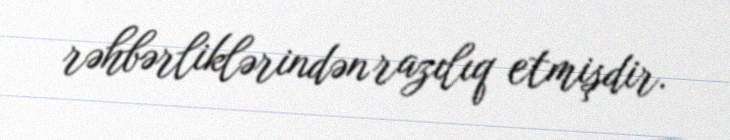
rəhbərliklərindən razılıq etmişdir.